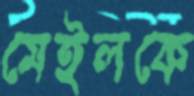
মেইলকে